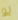
لو